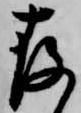
存